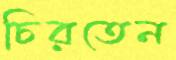
চিরতেন